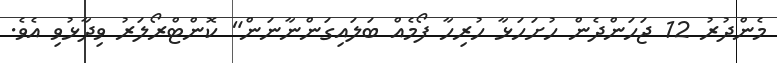
މެންދުރު 12 ޖަހަންދެން ހުށަހަޅާ ހުރިހާ ފޯމެއް ބަލައިގަންނާނަން" ކޮންޓްރޯލަރު ވިދާޅުވި އެވެ.